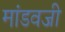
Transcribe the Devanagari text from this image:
मांडवजी